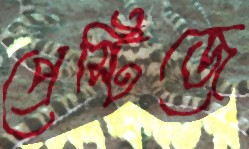
প্রেস্টিজে